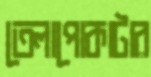
তেলাপোকাটার